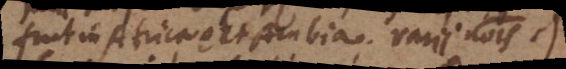
fuit in Africa et Arabia, varii communis)